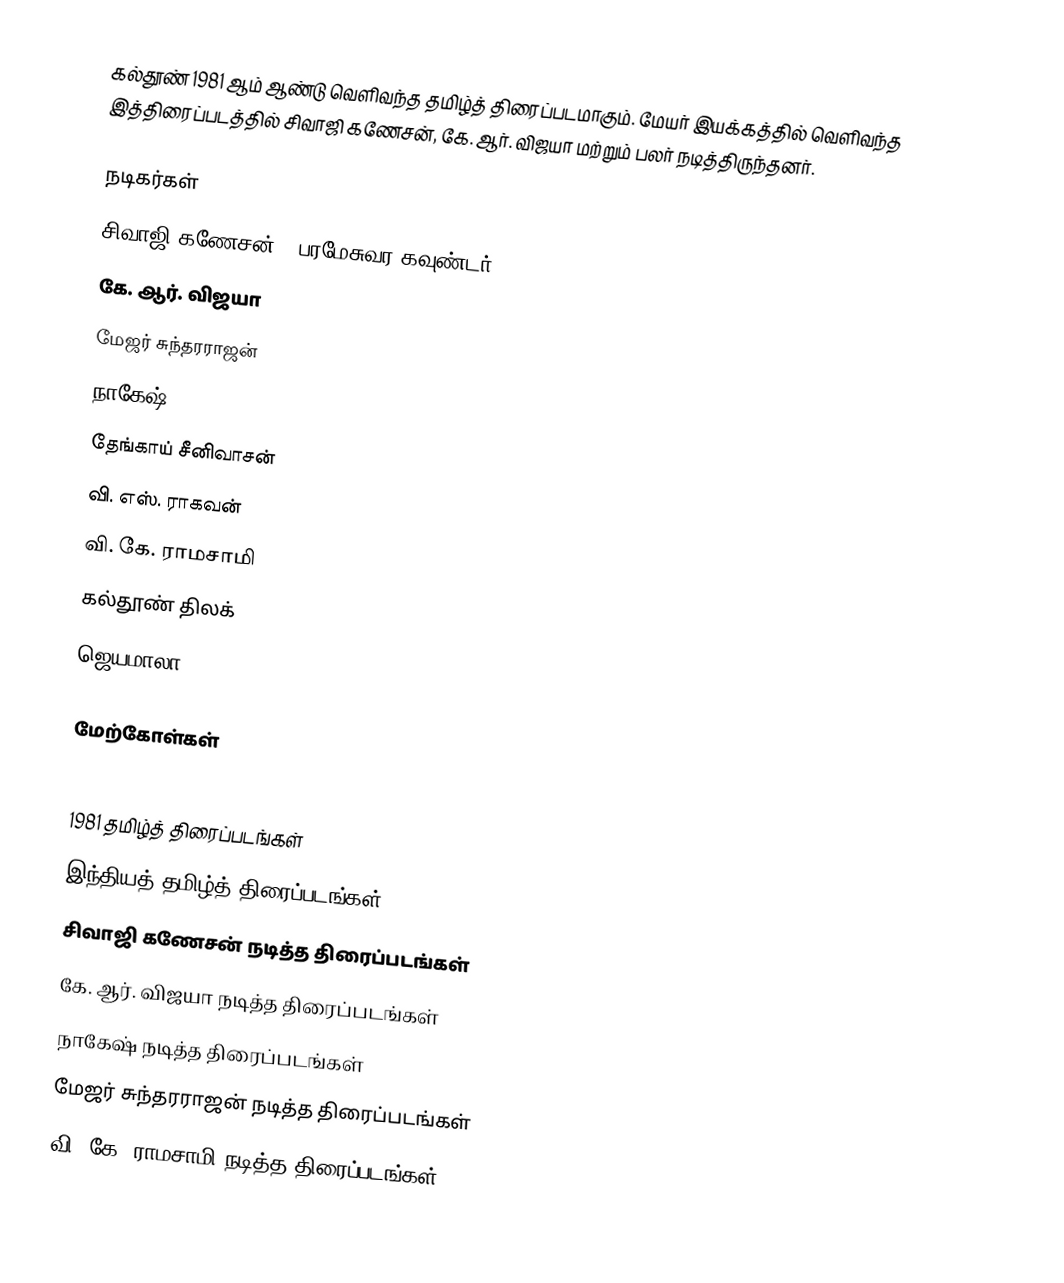
கல்தூண் 1981 ஆம் ஆண்டு வெளிவந்த தமிழ்த் திரைப்படமாகும். மேயர் இயக்கத்தில் வெளிவந்த இத்திரைப்படத்தில் சிவாஜி கணேசன், கே. ஆர். விஜயா மற்றும் பலர் நடித்திருந்தனர்.

நடிகர்கள்
சிவாஜி கணேசன் - பரமேசுவர கவுண்டர்
கே. ஆர். விஜயா
மேஜர் சுந்தரராஜன்
நாகேஷ்
தேங்காய் சீனிவாசன்
வி. எஸ். ராகவன்
வி. கே. ராமசாமி
கல்தூண் திலக்
 ஜெயமாலா

மேற்கோள்கள்

1981 தமிழ்த் திரைப்படங்கள்
இந்தியத் தமிழ்த் திரைப்படங்கள்
சிவாஜி கணேசன் நடித்த திரைப்படங்கள்
கே. ஆர். விஜயா நடித்த திரைப்படங்கள்
நாகேஷ் நடித்த திரைப்படங்கள்
மேஜர் சுந்தரராஜன் நடித்த திரைப்படங்கள்
வி. கே. ராமசாமி நடித்த திரைப்படங்கள்